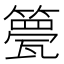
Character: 䉚